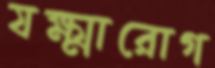
যক্ষ্মারোগ